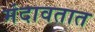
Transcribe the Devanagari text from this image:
मंदावतात